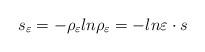
LaTeX: \begin{align*}s_{\varepsilon}=-\rho_{\varepsilon}ln\rho_{\varepsilon}=-ln\varepsilon\cdot s\end{align*}